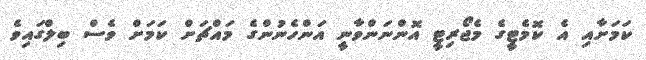
ކަމަށާއި އެ ކޮމެޓީގެ މެޖޯރިޓީ އޮންނަންވާނީ އަންހެނުންގެ މައްޗަށް ކަމަށް ވެސް ބިލްގައިވެ